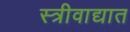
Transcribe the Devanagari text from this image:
स्त्रीवाद्यात